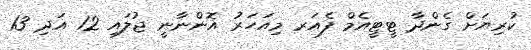
ކުރިޔަށް ގެންދާ ޓީޓީއެމް ފެއަރ މިއަހަރު އޮންނާނީ ޖުލައި 12 އަދި 13